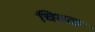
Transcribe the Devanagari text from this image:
चिवळ